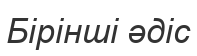
Бірінші әдіс